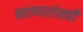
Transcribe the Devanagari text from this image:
करणारांसही